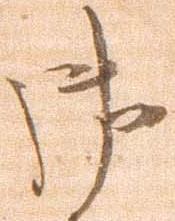
御